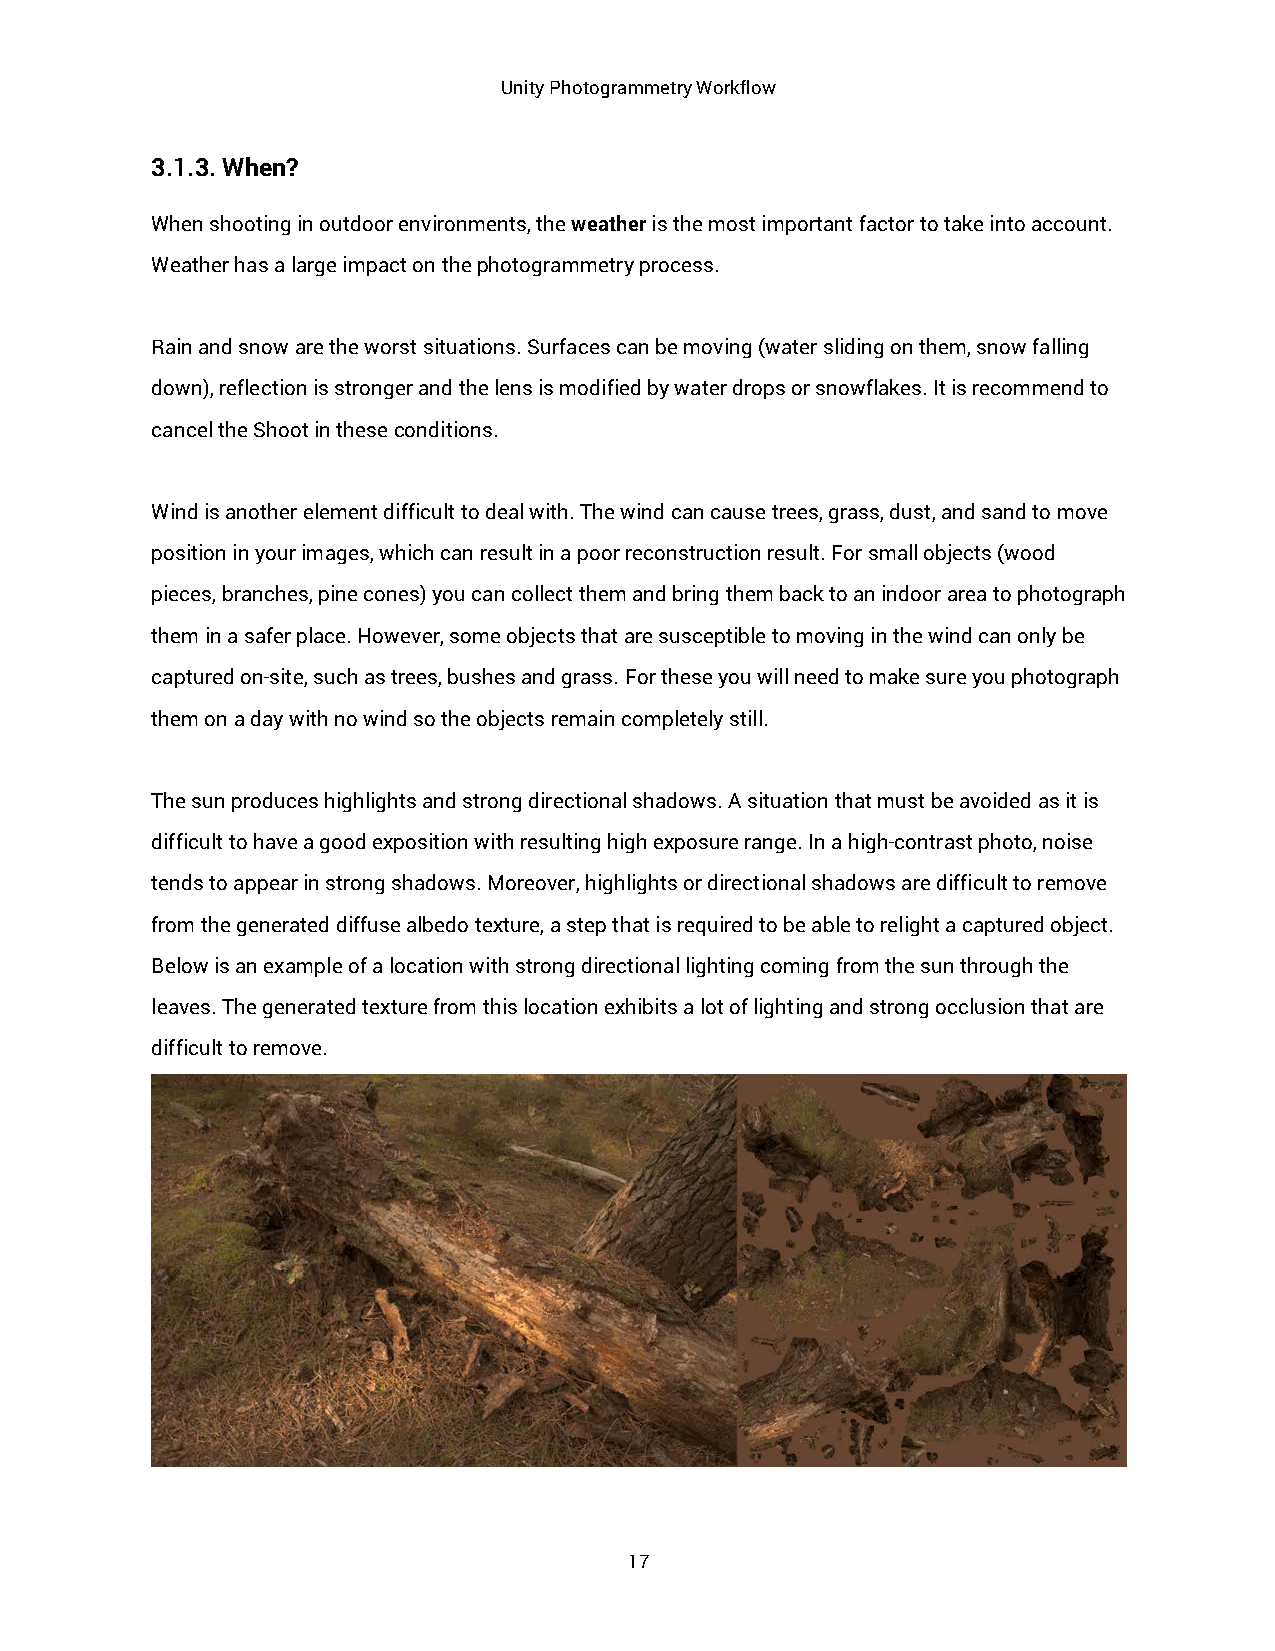
Unity Photogrammetry Workflow
 3.1.3. When?
 When shooting in outdoor environments, the weather is the most important factor to take into account.
 Weather has a large impact on the photogrammetry process.
 Rain and snow are the worst situations. Surfaces can be moving (water sliding on them, snow falling
 down), reflection is stronger and the lens is modified by water drops or snowflakes. It is recommend to
 cancel the Shoot in these conditions.
 Wind is another element difficult to deal with. The wind can cause trees, grass, dust, and sand to move
 position in your images, which can result in a poor reconstruction result. For small objects (wood
 pieces, branches, pine cones) you can collect them and bring them back to an indoor area to photograph
 them in a safer place. However, some objects that are susceptible to moving in the wind can only be
 captured on-site, such as trees, bushes and grass. For these you will need to make sure you photograph
 them on a day with no wind so the objects remain completely still.
 The sun produces highlights and strong directional shadows. A situation that must be avoided as it is
 difficult to have a good exposition with resulting high exposure range. In a high-contrast photo, noise
 tends to appear in strong shadows. Moreover, highlights or directional shadows are difficult to remove
 from the generated diffuse albedo texture, a step that is required to be able to relight a captured object.
 Below is an example of a location with strong directional lighting coming from the sun through the
 leaves. The generated texture from this location exhibits a lot of lighting and strong occlusion that are
 difficult to remove.
 17